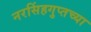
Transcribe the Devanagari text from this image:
नरसिंहगुप्तच्या